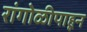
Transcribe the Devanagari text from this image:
रांगोळीपाहून